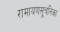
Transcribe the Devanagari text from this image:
रामायणसूचनिका